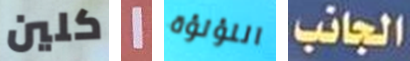
كلين 1 اللؤلؤة الجانب